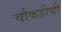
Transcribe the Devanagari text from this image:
चौकडीची